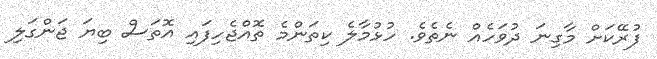
ފުރޭކަށް މާގިނަ ދުވަހެއް ނެތެވެ. ހުޅުމާލެ ކިތަންމެ ތޮއްޖެހިފައި އޮތަސް ބިޔަ ޖަންގަލި